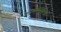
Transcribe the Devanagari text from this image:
शस्यश्यामलाम्